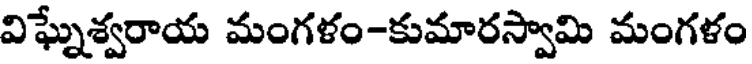
విఘ్నేశ్వరాయ మంగళం-కుమారస్వామి మంగళం